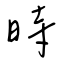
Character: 時